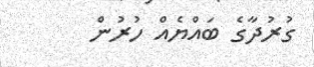
ގުރުދާގެ ބައްޔެއް ހުރުން